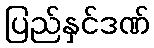
ပြည်နှင်ဒဏ်